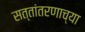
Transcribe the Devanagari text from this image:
सत्तांतरणाच्या